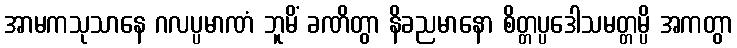
အာမကသုသာနေ ဂလပ္ပမာဏံ ဘူမိံ ခဏိတွာ နိခညမာနော စိတ္တပ္ပဒေါသမတ္တမ္ပိ အကတွာ